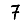
Digit: 7